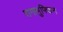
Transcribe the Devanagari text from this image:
रागामुफ्फिन